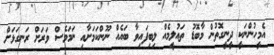
އެމީހުންނަކީ ދީނީގޮތުން މާބޮޑު ތައުލީމެއް ލިބިފައިވާ ބައެއް ނޫންކަމަށާއި ނަމަވެސް ވަރަށް ރަނގަޅަށް